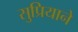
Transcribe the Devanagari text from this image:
सुप्रियाने